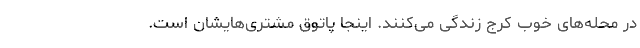
در محله‌های خوب کرج زندگی می‌کنند. اینجا پاتوق مشتری‌هایشان است.